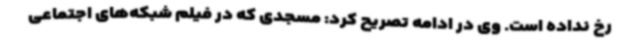
رخ نداده است. وی در ادامه تصریح کرد: مسجدی که در فیلم شبکه‌های اجتماعی